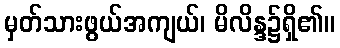
မှတ်သားဖွယ်အကျယ်၊ မိလိန္ဒ၌ရှိ၏။